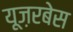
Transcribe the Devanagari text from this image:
यूज़रबेस